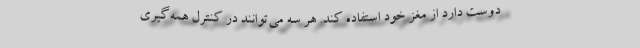
دوست دارد از مغز خود استفاده کند. هر سه می‌توانند در کنترل همه‌گیری